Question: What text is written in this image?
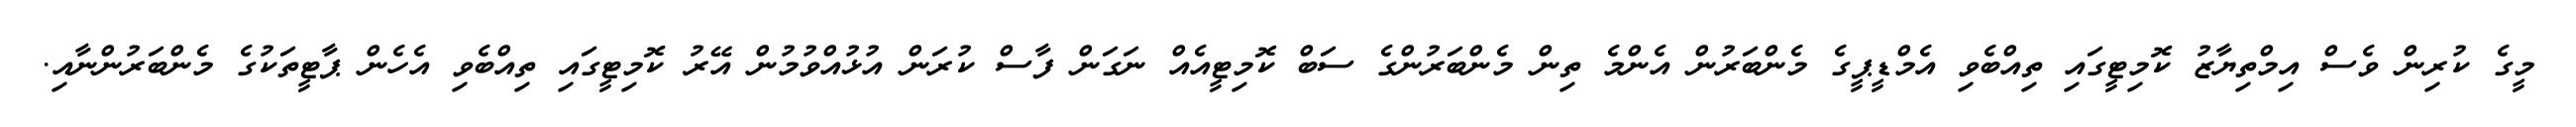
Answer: މީގެ ކުރިން ވެސް އިމްތިޔާޒު ކޮމިޓީގައި ތިއްބެވި އެމްޑީޕީގެ މެންބަރުން އެންމެ ތިން މެންބަރުންގެ ސަބް ކޮމިޓީއެއް ނަގަން ފާސް ކުރަން އުޅުއްވުމުން އޭރު ކޮމިޓީގައި ތިއްބެވި އެހެން ޕާޓީތަކުގެ މެންބަރުންނާއި.